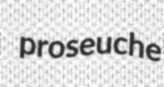
proseuche